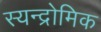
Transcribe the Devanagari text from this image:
स्यन्द्रोमिक